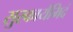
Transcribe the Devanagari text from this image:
सुरकार्यमिदं